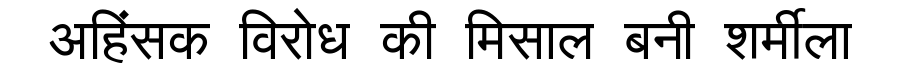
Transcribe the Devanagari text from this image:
अहिंसक विरोध की मिसाल बनी शर्मीला